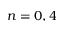
n = 0 , 4